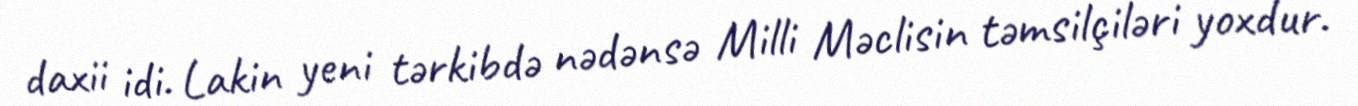
daxii idi. Lakin yeni tərkibdə nədənsə Milli Məclisin təmsilçiləri yoxdur.